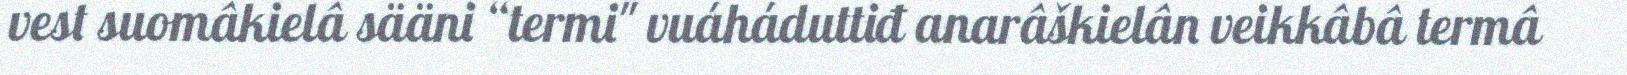
vest suomâkielâ sääni “termi" vuáháduttiđ anarâškielân veikkâbâ termâ